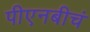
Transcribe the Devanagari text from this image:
पीएनबीचं